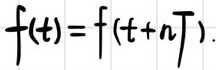
\[ f(t)=f(t + nT) \]